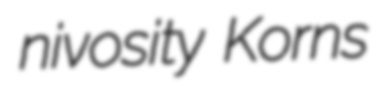
nivosity Korns